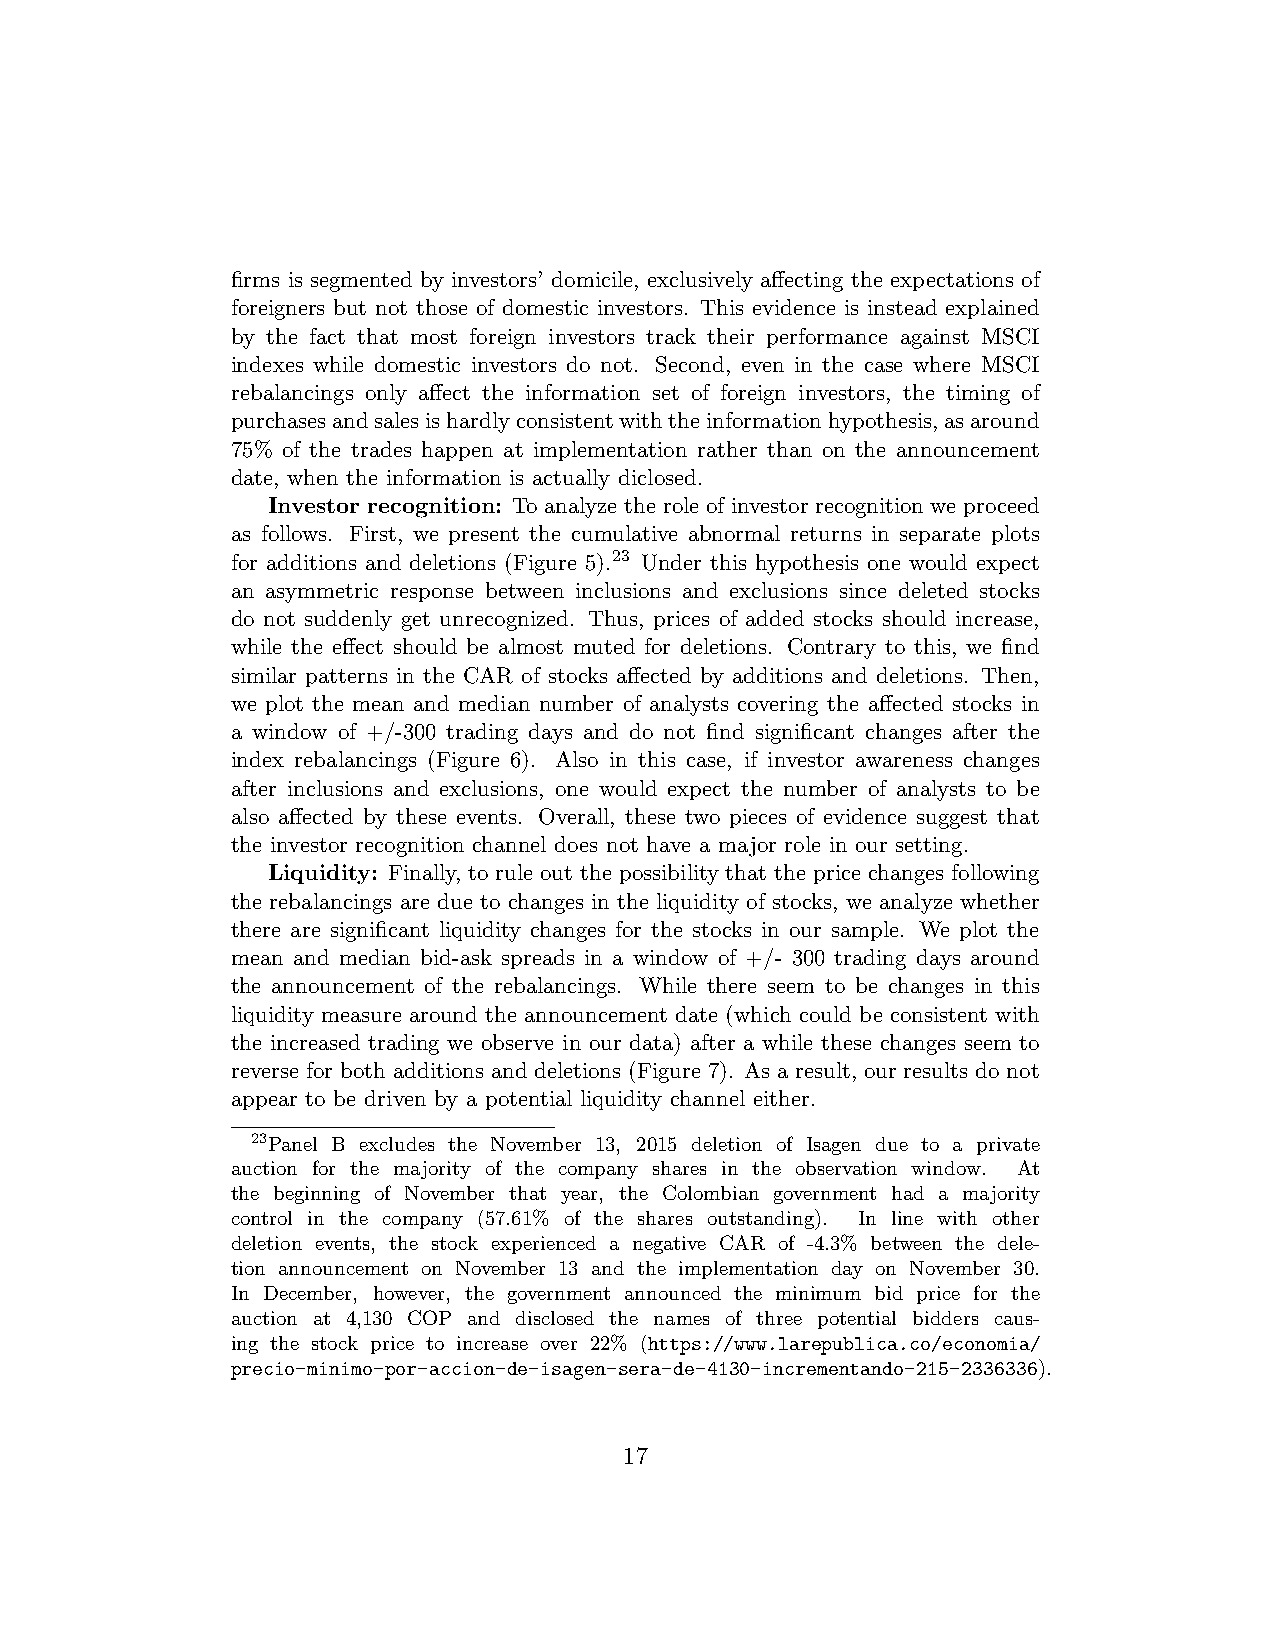
firms is segmented by investors’ domicile, exclusively affecting the expectations of
 foreigners but not those of domestic investors. This evidence is instead explained
 by the fact that most foreign investors track their performance against MSCI
 indexes while domestic investors do not. Second, even in the case where MSCI
 rebalancings only affect the information set of foreign investors, the timing of
 purchasesandsalesishardlyconsistentwiththeinformationhypothesis,asaround
 75% of the trades happen at implementation rather than on the announcement
 date, when the information is actually diclosed.
 Investor recognition: To analyze the role of investor recognition we proceed
 as follows. First, we present the cumulative abnormal returns in separate plots
 for additions and deletions (Figure 5).23 Under this hypothesis one would expect
 an asymmetric response between inclusions and exclusions since deleted stocks
 do not suddenly get unrecognized. Thus, prices of added stocks should increase,
 while the effect should be almost muted for deletions. Contrary to this, we find
 similar patterns in the CAR of stocks affected by additions and deletions. Then,
 we plot the mean and median number of analysts covering the affected stocks in
 a window of +/-300 trading days and do not find significant changes after the
 index rebalancings (Figure 6). Also in this case, if investor awareness changes
 after inclusions and exclusions, one would expect the number of analysts to be
 also affected by these events. Overall, these two pieces of evidence suggest that
 the investor recognition channel does not have a major role in our setting.
 Liquidity: Finally, to rule out the possibility that the price changes following
 the rebalancings are due to changes in the liquidity of stocks, we analyze whether
 there are significant liquidity changes for the stocks in our sample. We plot the
 mean and median bid-ask spreads in a window of +/- 300 trading days around
 the announcement of the rebalancings. While there seem to be changes in this
 liquidity measure around the announcement date (which could be consistent with
 the increased trading we observe in our data) after a while these changes seem to
 reverse for both additions and deletions (Figure 7). As a result, our results do not
 appear to be driven by a potential liquidity channel either.
 23Panel B excludes the November 13, 2015 deletion of Isagen due to a private
 auction for the majority of the company shares in the observation window. At
 the beginning of November that year, the Colombian government had a majority
 control in the company (57.61% of the shares outstanding). In line with other
 deletion events, the stock experienced a negative CAR of -4.3% between the dele-
 tion announcement on November 13 and the implementation day on November 30.
 In December, however, the government announced the minimum bid price for the
 auction at 4,130 COP and disclosed the names of three potential bidders caus-
 ing the stock price to increase over 22% (https://www.larepublica.co/economia/
 precio-minimo-por-accion-de-isagen-sera-de-4130-incrementando-215-2336336).
 17